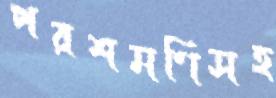
পরশমণিসহ